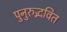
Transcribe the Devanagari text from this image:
पुनुरुद्भवित